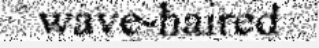
wave-haired